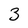
Character: 3